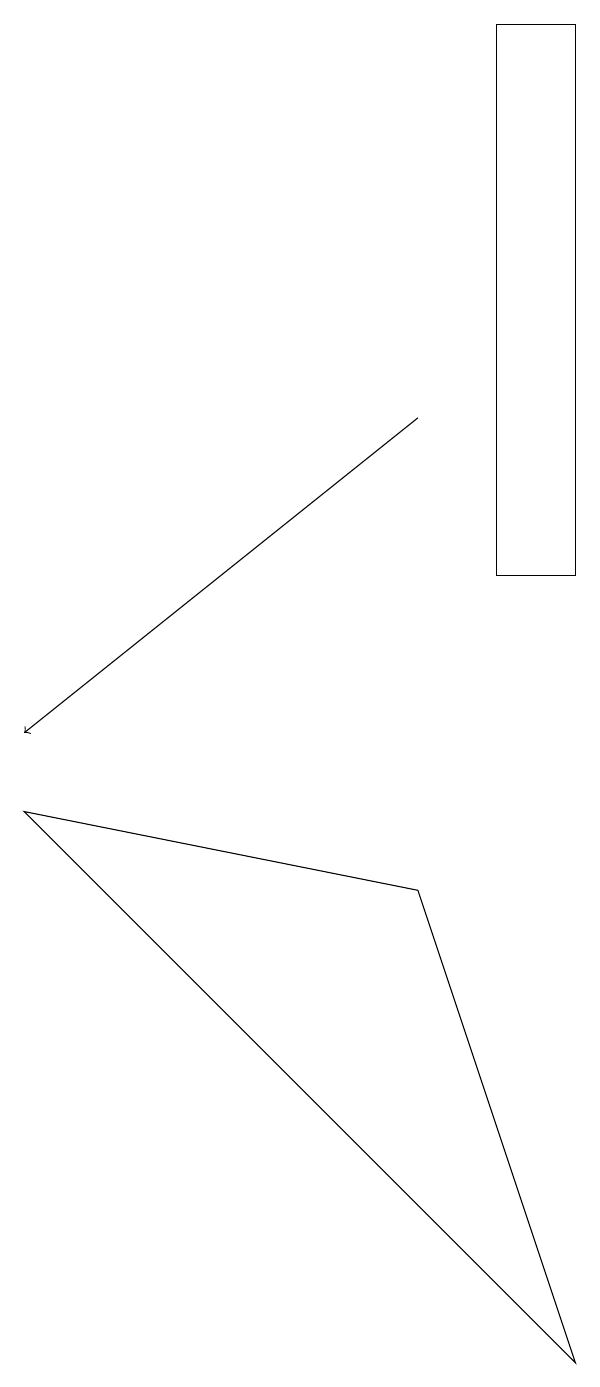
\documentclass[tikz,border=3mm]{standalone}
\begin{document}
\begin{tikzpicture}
\draw[->] (5,14) -- (0,10);
\draw (0,9) -- (5,8) -- (7,2) -- cycle;
\draw (7,12) rectangle (6,19);
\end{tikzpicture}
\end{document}